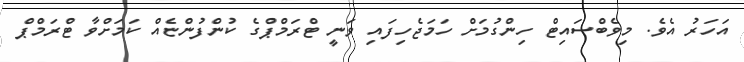
އަހަރު އެވެ. މިވެބްސައިޓް ހިންގުމަށް ހަމަޖެހިފައި ވަނީ ޓްރަމްޕްގެ ކުންފުންޏެއް ކަމަށްވާ ޓްރަމްޕް